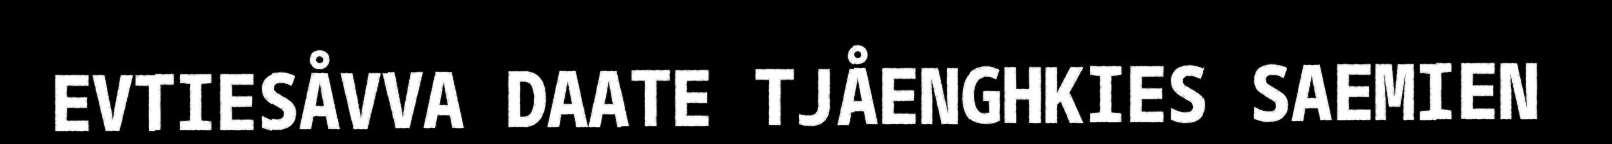
EVTIESÅVVA DAATE TJÅENGHKIES SAEMIEN